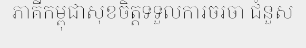
ភាគីកម្ពុជាសុខចិត្តទទួលការចរចា ជំនួស